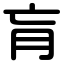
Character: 肓